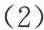
(2)